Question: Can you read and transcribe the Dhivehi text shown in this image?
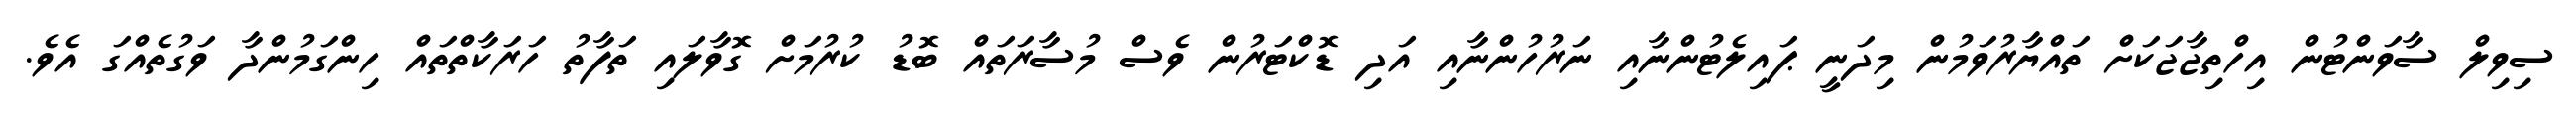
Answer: ސިވިލް ސާވަންޓުން އިހްތިޖާޖަކަށް ތައްޔާރުވަމުން މިދަނީ ޕައިލެޓުންނާއި ނަރުހުންނާއި އަދި ޑޮކްޓަރުން ވެސް މުސާރަތައް ބޮޑު ކުރުމަށް ގޮވާލައި ތަފާތު ހަރަކާތްތައް ހިންގަމުންދާ ވަގުތެއްގަ އެވެ.